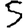
Digit: 5